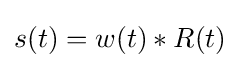
s(t)=w(t)*R(t)